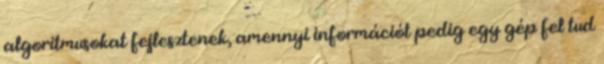
algoritmusokat fejlesztenek, amennyi információt pedig egy gép fel tud